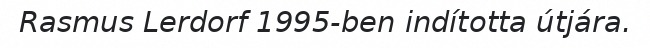
Rasmus Lerdorf 1995-ben indította útjára.